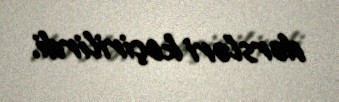
dərsləri keçirilirdi.